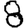
Digit: 8